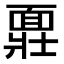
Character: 𩈪